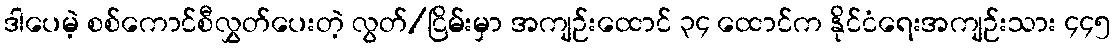
ဒါပေမဲ့ စစ်ကောင်စီလွှတ်ပေးတဲ့ လွတ်/ငြိမ်းမှာ အကျဉ်းထောင် ၃၄ ထောင်က နိုင်ငံရေးအကျဉ်းသား ၄၄၅